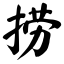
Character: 捞